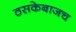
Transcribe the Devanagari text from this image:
ठसकेबाजच